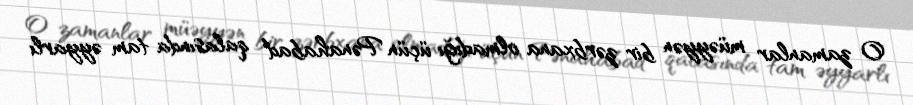
O zamanlar müəyyən bir zərbxana olmadığı üçün Pənahabad qalasında tam əyyarlı